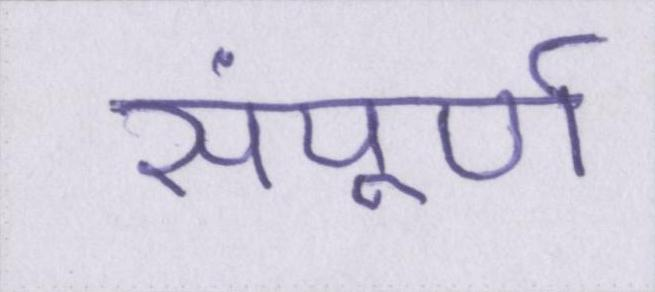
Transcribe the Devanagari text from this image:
संपूर्ण